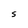
Character: S